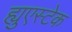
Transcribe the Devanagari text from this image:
ह्युएस्टेक